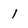
Character: 1